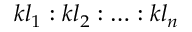
k l _ { 1 } : k l _ { 2 } : \ldots : k l _ { n }